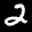
Label: 2